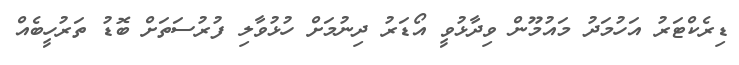
ޑިރެކްޓަރު އަހުމަދު މައުމޫން ވިދާޅުވީ އޯޑަރު ދިނުމަށް ހުޅުވާލި ފުރުސަތަށް ބޮޑު ތަރުހީބެއް